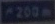
/250